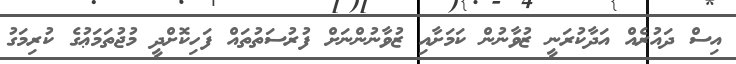
އިސް ދައުރެއް އަދާކުރަނީ ޒުވާނުން ކަމަށާއި ޒުވާނުންނަށް ފުރުސަތުތައް ފަހިކޮށްދީ މުޖުތަމަޢުގެ ކުރިމަގު